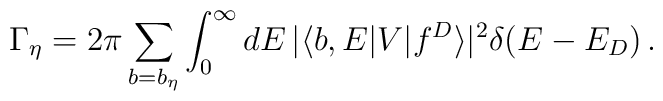
\Gamma _{\eta}      =2\pi \sum_{b=b_\eta}   \int_{0}^{\infty} dE \,      |\langle b ,E|V|f^D\rangle |^2\delta (E-E_D) \, .